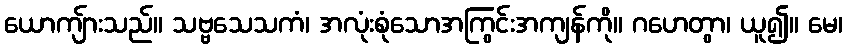
ယောကျ်ားသည်။ သဗ္ဗသေသကံ၊ အလုံးစုံသောအကြွင်းအကျန်ကို။ ဂဟေတွာ၊ ယူ၍။ မေ၊